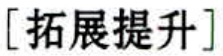
[拓展提升]